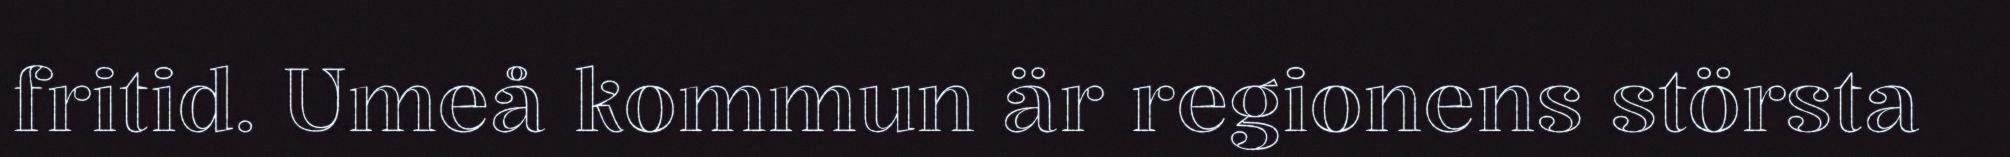
fritid. Umeå kommun är regionens största